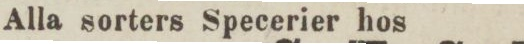
Alla sorters Specerier hos